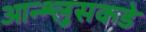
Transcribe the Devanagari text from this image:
आन्श्लुसकडे